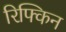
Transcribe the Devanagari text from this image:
रिफ्किन